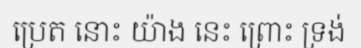
ប្រេត នោះ យ៉ាង នេះ ព្រោះ ទ្រង់